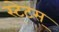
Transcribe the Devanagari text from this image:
स्टेटस्